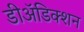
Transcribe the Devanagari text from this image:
डीअॅडिक्शन